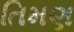
તિમણ